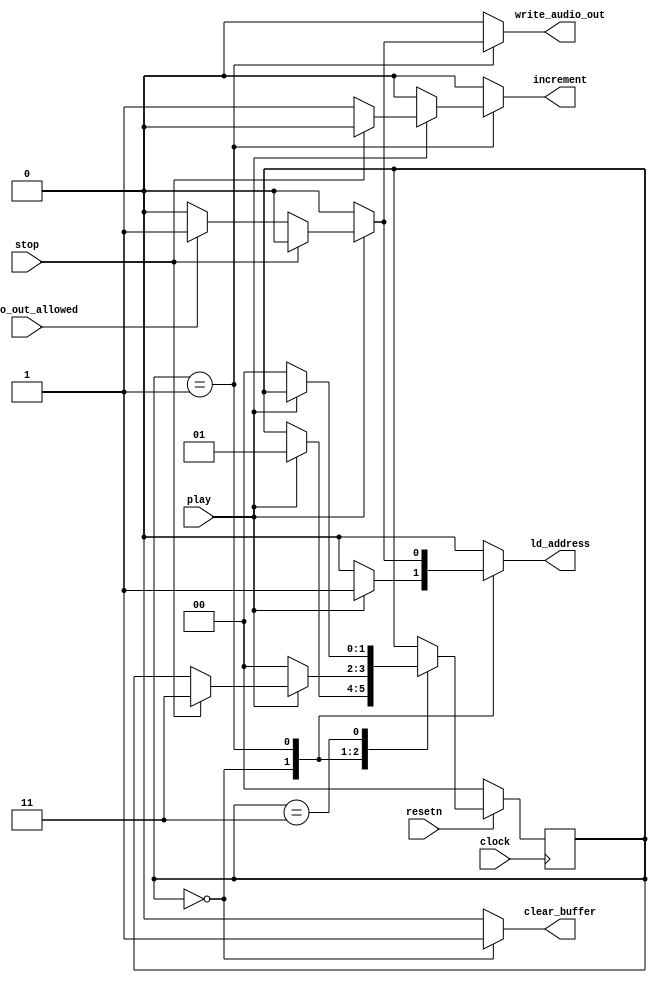
module controlPath(
						 input clock,
						 input resetn,
						 
						 input play,
						 input audio_out_allowed,
						 input stop,
						 
						 output reg write_audio_out,
						 output reg increment,
						 output reg ld_address,
						 output reg clear_buffer
						 );
	reg [1:0] current_state, next_state;
	
	localparam 
	S_IDLE = 2'd0,
	S_INCREMENT = 2'd1,
	S_WAIT = 2'd3;
	
	always @ (posedge clock)begin
		if (!resetn) current_state <= S_IDLE;
		else current_state <= next_state;
	end
	
	always @(*) begin
		next_state = current_state;
		write_audio_out = 1'b0;
		increment = 1'b0;
		ld_address = 1'b0;
		clear_buffer = 1'b0;
		
		case(current_state)
			S_IDLE: begin
				clear_buffer = 1'b1;
				
				if(play) begin
					ld_address = 1'b1;
					increment = 1'b0;
					next_state = S_INCREMENT;
				end
			end
			
			S_INCREMENT: begin
				ld_address = 1'b0;
				if(!play) next_state = S_IDLE;
				else if(stop) next_state = S_WAIT;
				else begin
					if(audio_out_allowed) begin
						increment = 1'b1;
						ld_address = 1'b1;
						write_audio_out = 1'b1;
					end
					
					else begin
						increment = 1'b1;
						ld_address = 1'b0;
						write_audio_out = 1'b0;
					end
				end
			end
			
			S_WAIT:begin
			if(!play) next_state = S_IDLE;
			end
		endcase
	end
				
endmodule

module controlPathHoldSound(
						 						 input clock,
						 input resetn,
						 
						 input play,
						 input audio_out_allowed,
						 input stop,
						 
						 output reg write_audio_out,
						 output reg increment,
						 output reg ld_address,
						 output reg clear_buffer
						 );
	reg [1:0] current_state, next_state;
	
	localparam 
	S_IDLE = 2'd0,
	S_INCREMENT = 2'd1,
	S_HOLD = 2'd3;
	
	always @ (posedge clock)begin
		if (!resetn) current_state <= S_IDLE;
		else current_state <= next_state;
	end
	
	always @(*) begin
		next_state = current_state;
		write_audio_out = 1'b0;
		increment = 1'b0;
		ld_address = 1'b0;
		clear_buffer = 1'b0;
		
		case(current_state)
			S_IDLE: begin
				clear_buffer = 1'b1;
				
				if(play) begin
					ld_address = 1'b1;
					increment = 1'b0;
					next_state = S_INCREMENT;
				end
			end
			
			S_INCREMENT: begin
				ld_address = 1'b0;
				if(!play) next_state = S_IDLE;
				else if(stop) next_state = S_HOLD;
				else begin
					if(audio_out_allowed) begin
						increment = 1'b1;
						ld_address = 1'b1;
						write_audio_out = 1'b1;
					end
					
					else begin
						increment = 1'b1;
						ld_address = 1'b0;
						write_audio_out = 1'b0;
					end
				end
			end
			
			S_HOLD:begin
				if(play) begin
					ld_address = 1'b1;
					increment = 1'b0;
					next_state = S_INCREMENT;
				end
				else if (!play) next_state = S_IDLE;
			end
		endcase
	end
				
endmodule 


module dataPath(
					input clock,
					input resetn,
					
					input [9:0] audio_in,
					
					input [19:0] address_max,
					input ld_address,
					input increment,
					
					output stop,
					output reg [9:0] audio_out, // how big
					output reg [19:0] address,
					
					output reg up
	);
	
	reg [9:0] prev_audio;
	always @ (posedge clock) begin
		if(!resetn)
			prev_audio <= 10'b0;
		else
		prev_audio <= audio_out;
	end
	
	
	assign stop = (address == address_max);
	
	always @ (posedge clock) begin
		
		if(ld_address) begin
			if(!increment) address <= 20'd0;
			else address <= address + 20'd1;
		end
		
	end
	
	always @(*) begin
		if(ld_address) audio_out = audio_in;
		else audio_out = 10'b0;
	end
	always @(*) begin
		if(ld_address && prev_audio < audio_out) up = 1'b1;
		else up = 1'b0;
	end
	
endmodule